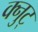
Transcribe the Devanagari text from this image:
क्नुट्